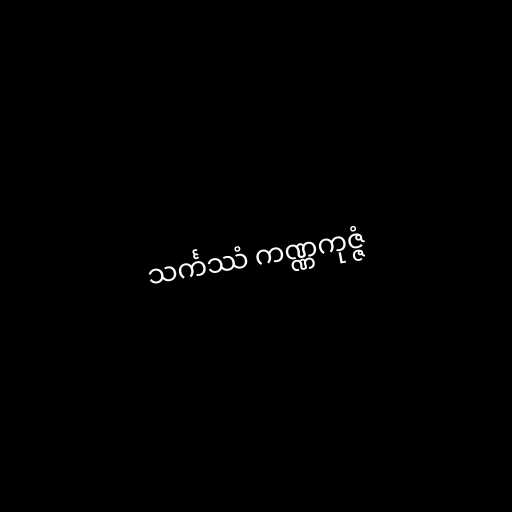
သင်္ကဿံ ကဏ္ဏကုဇ္ဇံ